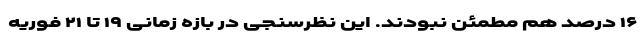
۱۶ درصد هم مطمئن نبودند. این نظرسنجی در بازه زمانی ۱۹ تا ۲۱ فوریه